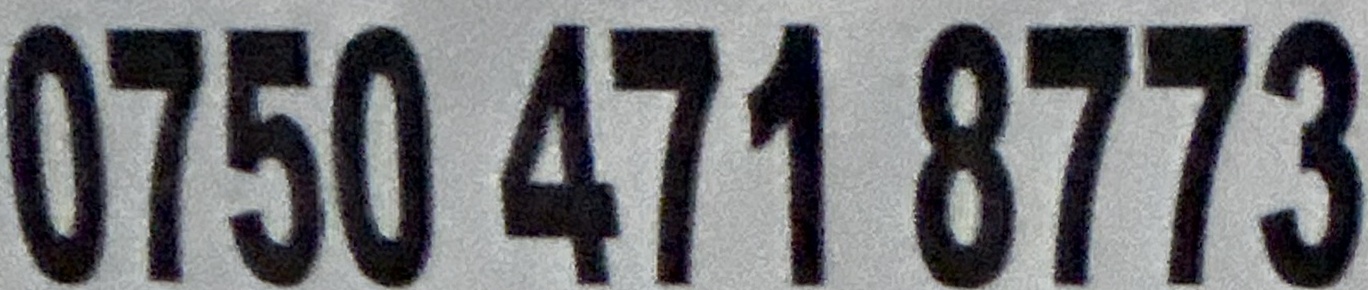
0750 471 8773